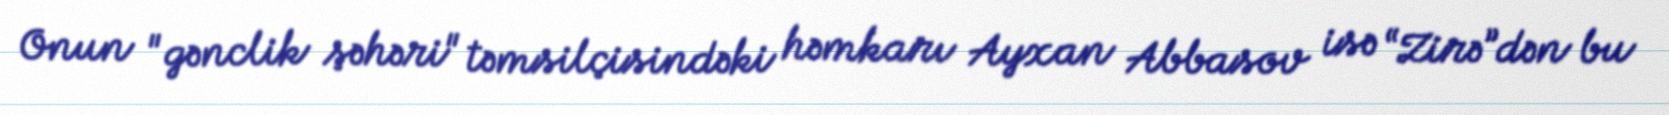
Onun "gənclik şəhəri" təmsilçisindəki həmkarı Ayxan Abbasov isə “Zirə”dən bu